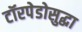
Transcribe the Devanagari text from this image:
टॉरपेडोसुद्धा